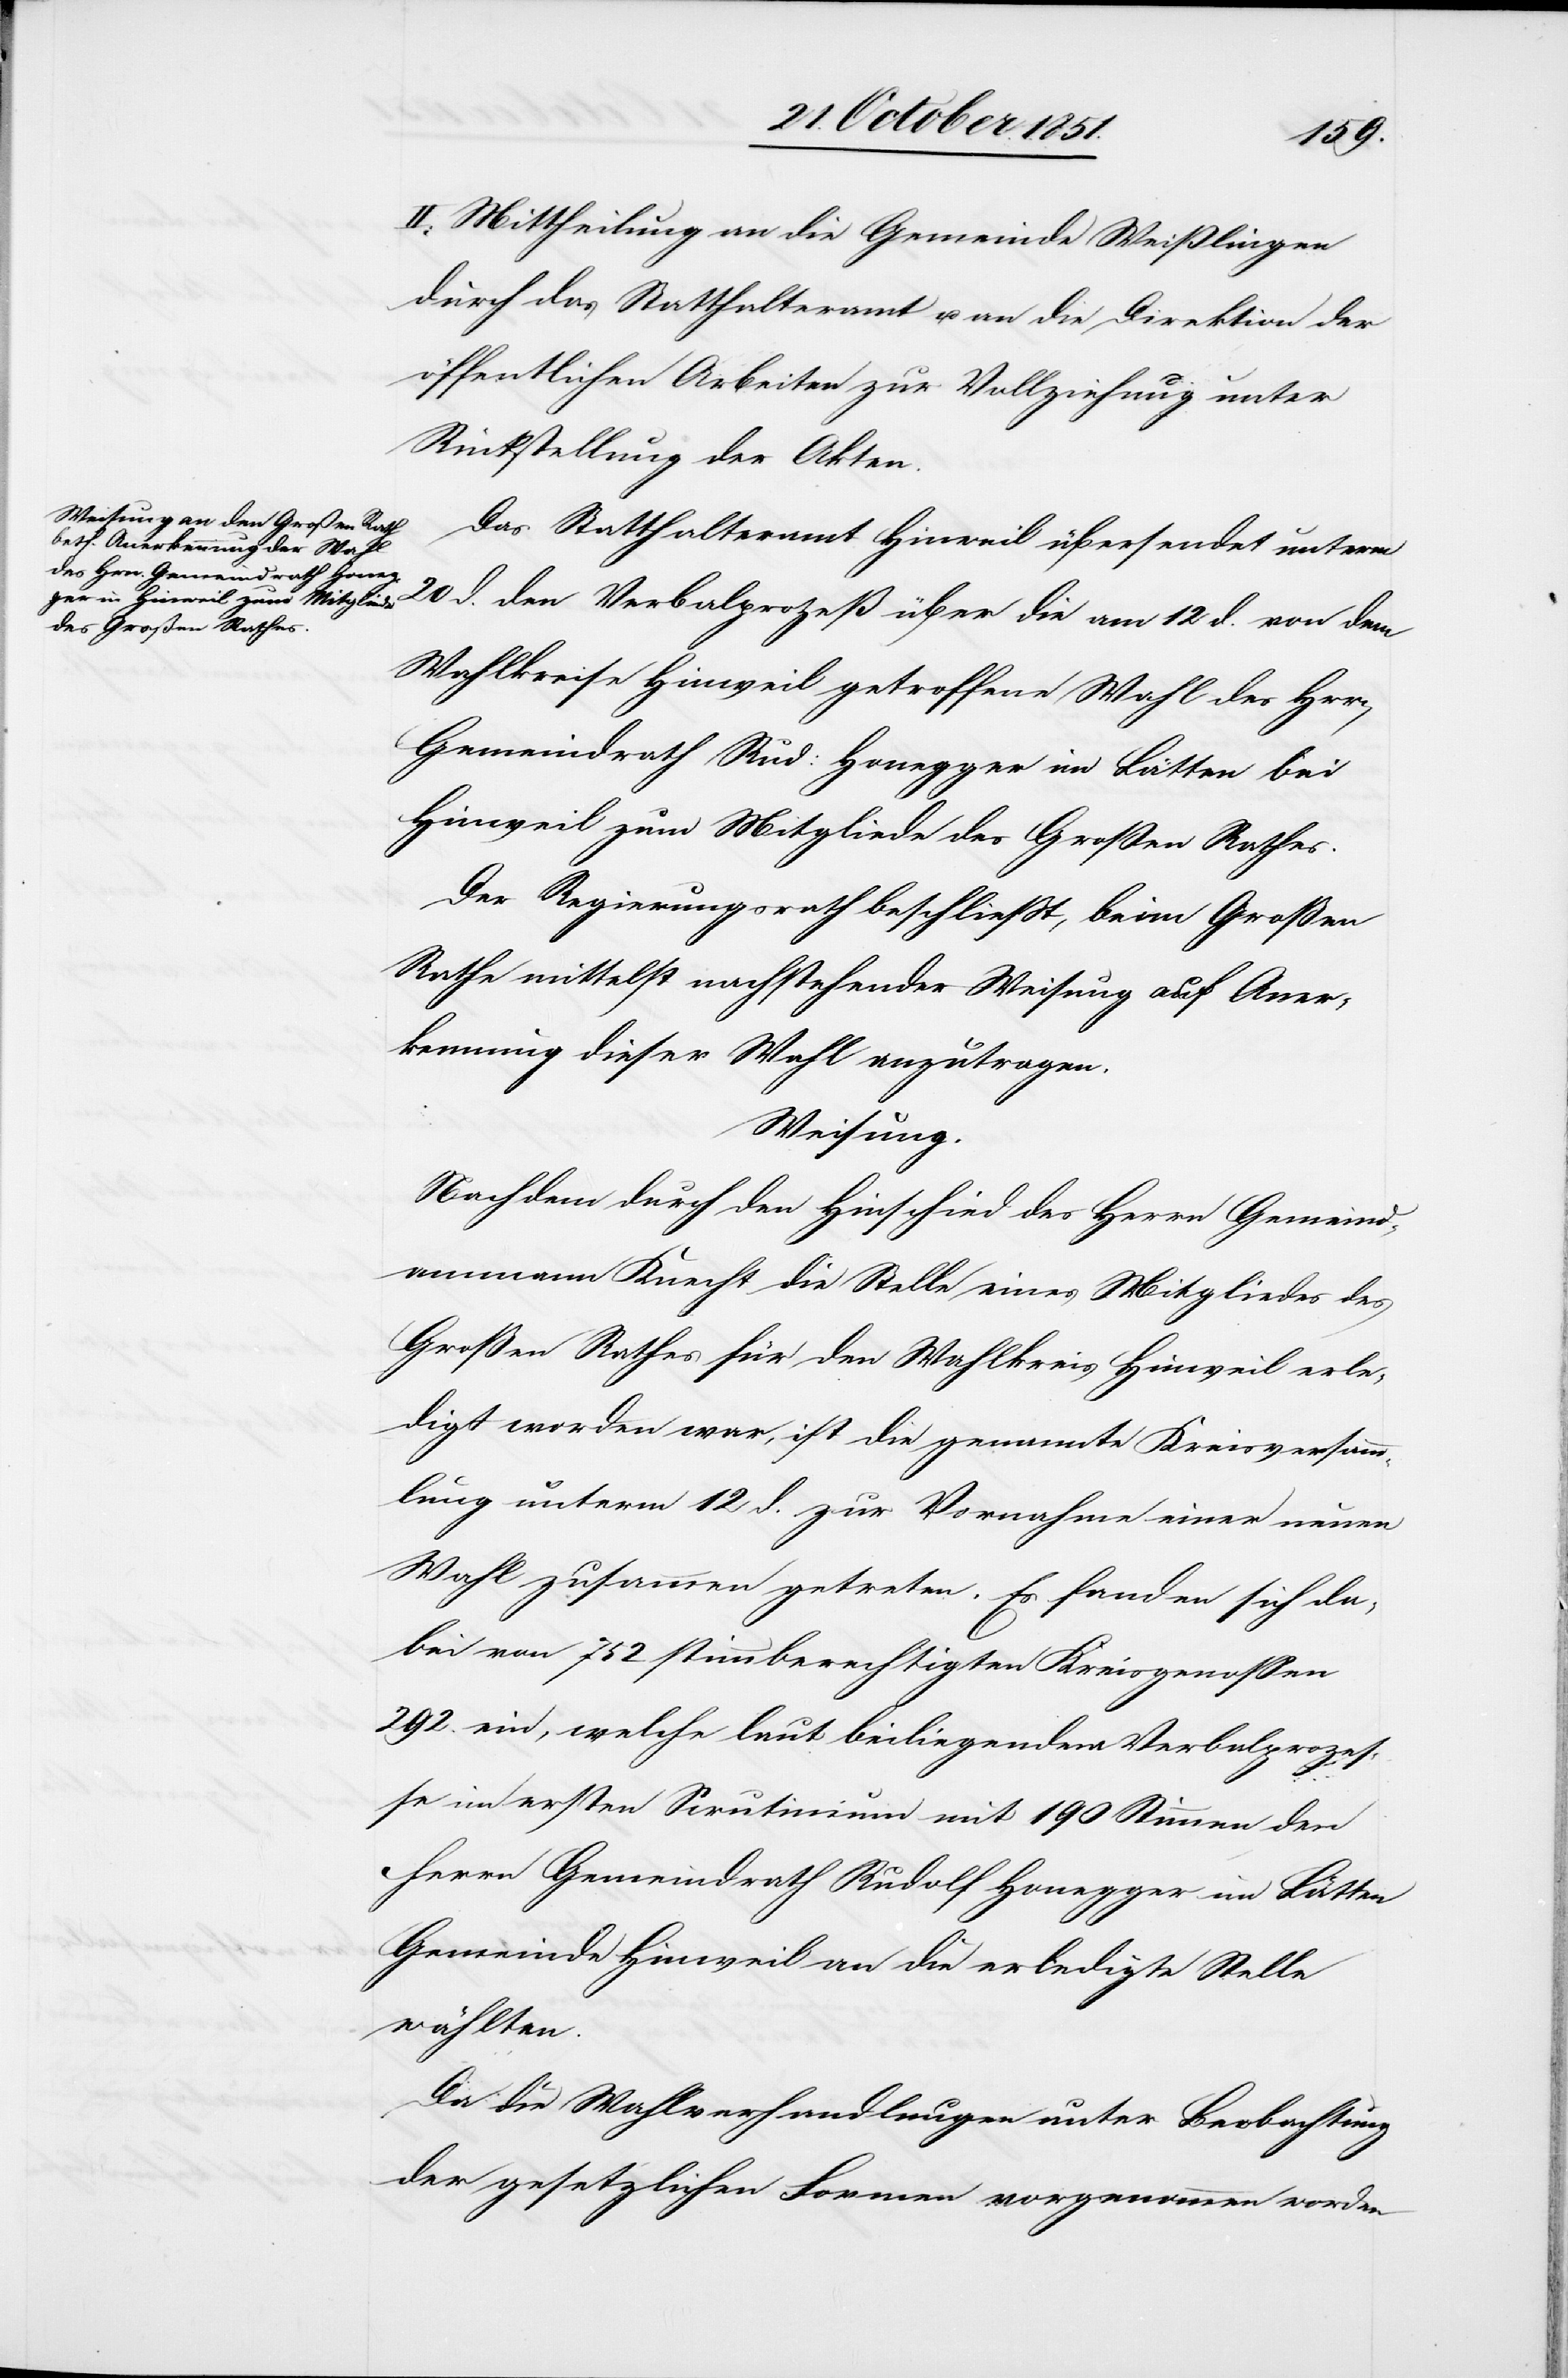
II. Mittheilung an die Gemeinde Weißlingen
durch das Statthalteramt u. an die Direktion der
öffentlichen Arbeiten zur Vollziehung unter
Rückstellung der Akten.
Das Statthalteramt Hinweil übersendet unterm
20 d. den Verbalprozeß über die am 12 d. von dem
Wahlkreise Hinweil getroffene Wahl des H[e]rr[en]
Gemeindrath Rud: Honegger im Lätten bei
Hinweil zum Mitgliede des Großen Rathes.
Der Regierungsrath beschließt, beim Große
Rathe mittelst nachstehender Weisung auf Aner¬
kennung dieser Wahl anzutragen.
Weisung.
Nachdem durch den Hinschied des Herrn Gemeind¬
ammann Knecht die Stelle eines Mitgliedes des
Großen Rathes für den Wahlkreis Hinweil erle¬
digt worden war, ist die genannte Kreisversamm¬
lung unterm 12 d. zur Vornahme einer neuen
Wahl zusammen getreten. Es fanden sich da¬
bei von 752 stimmberechtigten Kreisgenossen
292. ein, welche laut beiliegendem Verbalprozes¬
se im ersten Scrutinium mit 190 Stimmen den
Herrn Gemeindrath Rudolf Honegger im Lätten
Gemeinde Hinweil an die erledigte Stelle
wählten.
Da die Wahlverhandlungen unter Beobachtung
der gesetzlichen Formen vorgenommen worden